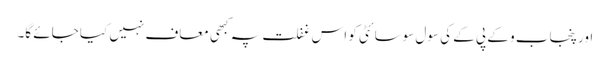
اور پنجاب و کے پی کے کی سول سوسائٹی کو اس غفلت پہ کبھی معاف نہیں کیا جائے گا۔